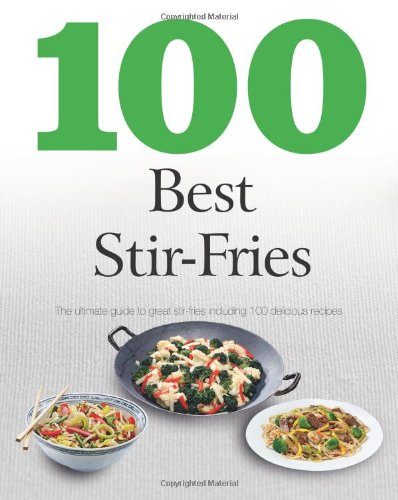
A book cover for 100 Best Stir Fries; Parragon Books; Cookbooks, Food & Wine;